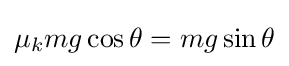
\mu _{k}mg\cos {\theta }=mg\sin {\theta }